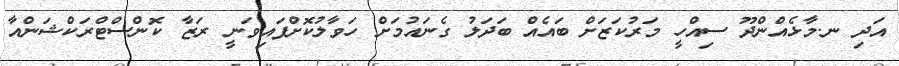
އަދި ނ.މާޅެއްންދޫ ސިއްހީ މަރުކަޒަށް ބައެއް ބަދަލު ގެނައުމަށް ހަވާލުކޮށްފައިވަނީ ރަޒާ ކޮންސްޓްރަކްޝަންއާ